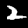
Digit: 2